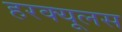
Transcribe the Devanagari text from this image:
हरक्‍यूलस